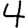
Digit: 4